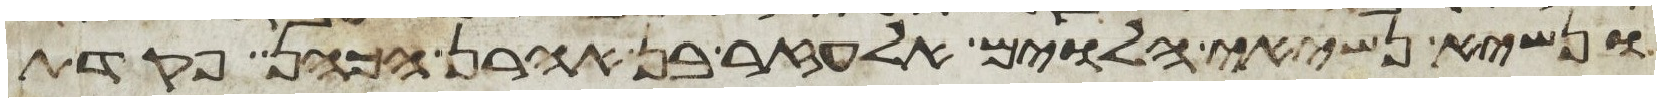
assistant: ונשיא נשיאי הלוים אלעזר בן אהרן הכהן פקדת